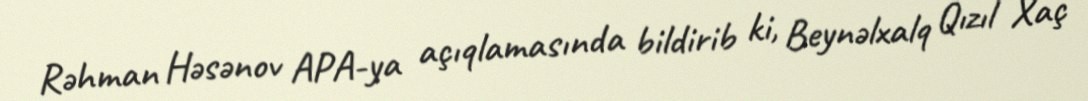
Rəhman Həsənov APA-ya açıqlamasında bildirib ki, Beynəlxalq Qızıl Xaç